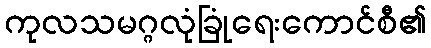
ကုလသမဂ္ဂလုံခြုံရေးကောင်စီ၏